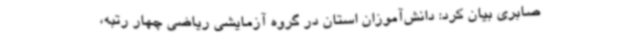
صابری بیان کرد: دانش‌آموزان استان در گروه آزمایشی ریاضی چهار رتبه،